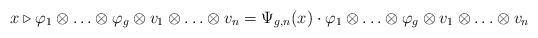
LaTeX: \begin{align*}x \triangleright \varphi_1 \otimes \ldots \otimes \varphi_g \otimes v_1 \otimes \ldots \otimes v_n = \Psi_{g,n}(x) \cdot \varphi_1 \otimes \ldots \otimes \varphi_g \otimes v_1 \otimes \ldots \otimes v_n\end{align*}